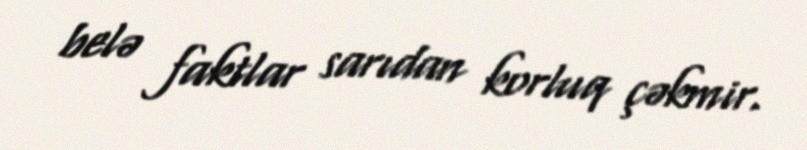
belə faktlar sarıdan korluq çəkmir.